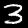
Digit: 3